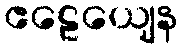
ဧဠေယျေန